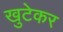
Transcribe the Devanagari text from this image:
खुटेकर